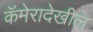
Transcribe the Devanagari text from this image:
कॅमेरादेखील